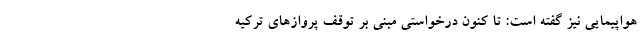
هواپیمایی نیز گفته است: تا کنون درخواستی مبنی بر توقف پروازهای ترکیه